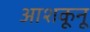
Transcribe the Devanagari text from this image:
आशकूनू